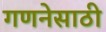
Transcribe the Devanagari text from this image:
गणनेसाठी